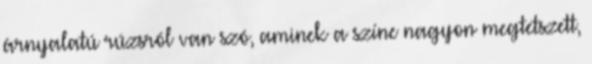
árnyalatú rúzsról van szó, aminek a színe nagyon megtetszett,